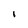
Character: I